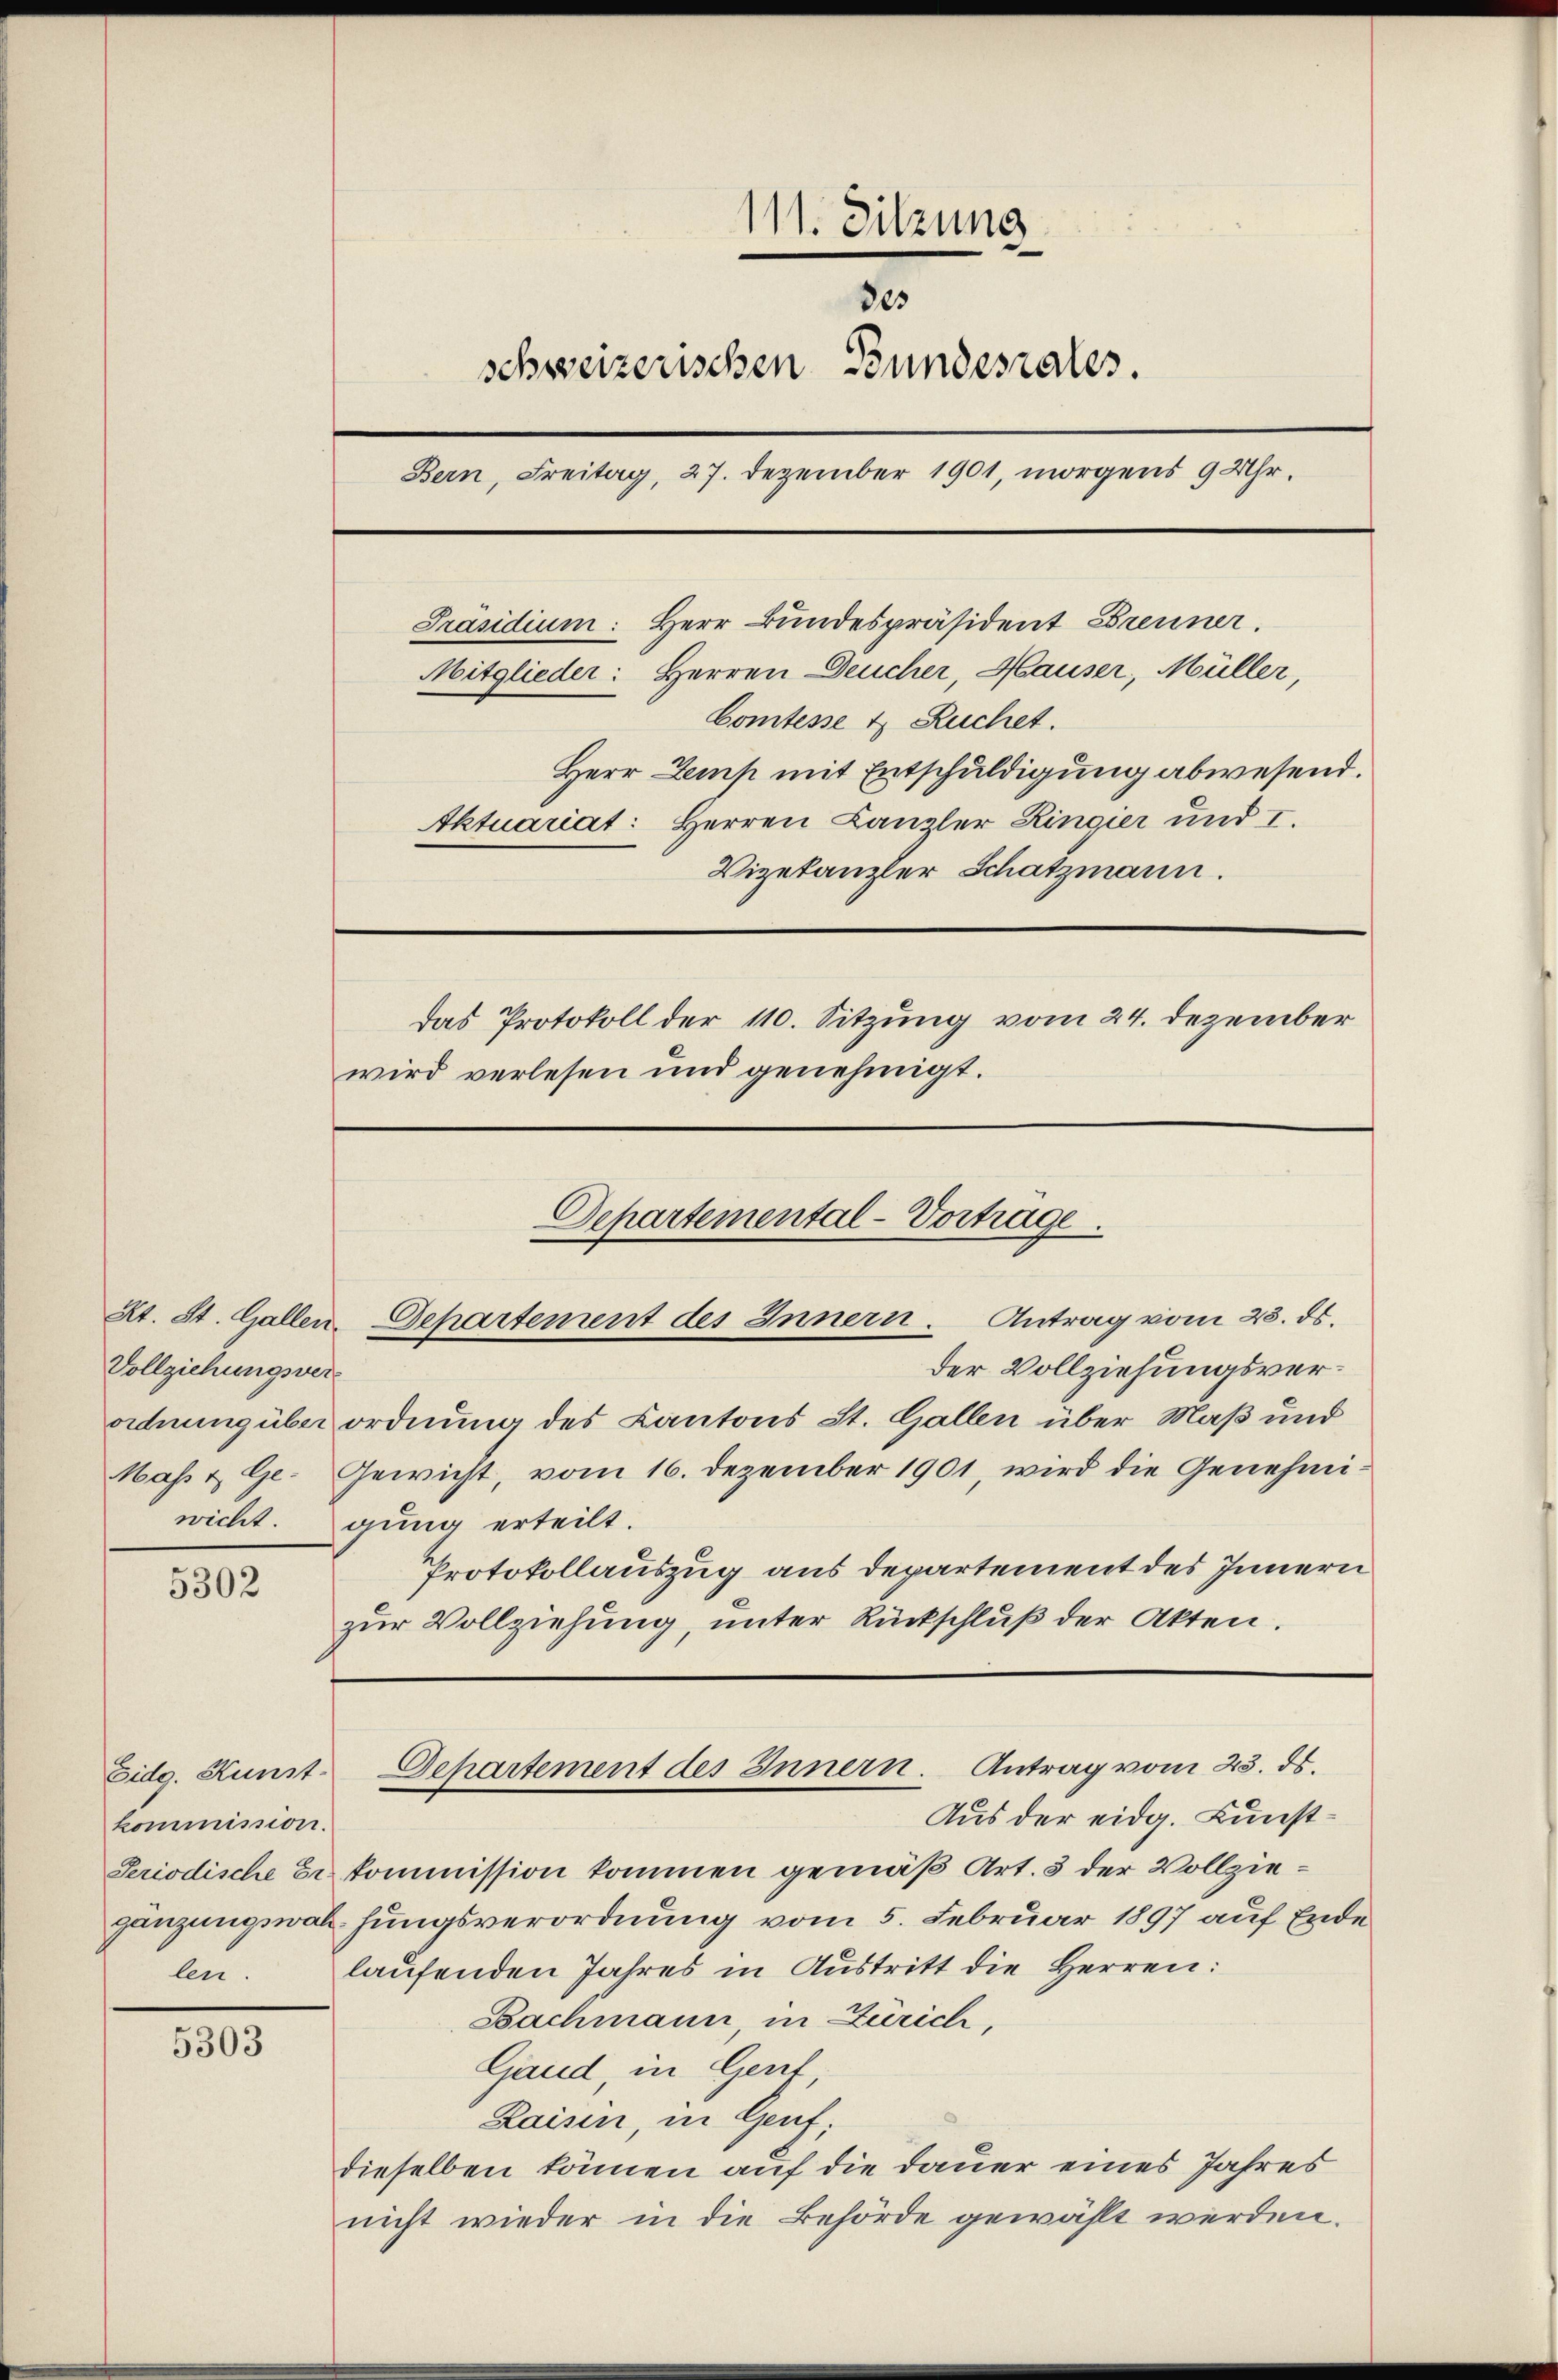
Vollziehungsver¬

5302

Eidg. Kunst
kommission.

5303

111. Sitzung
.
schweizerischen Bundesrates.
Bern, Freitag, 27. Dezember 1901, morgens 9 Uhr.
Präsidium: Herr Bundespräsident Brenner.
Mitglieder: Herren Deucher, Hauser, Müller,
Comtesse & Ruchet.
Herr Domp mit Entschuldigung abwesend.
Aktuariat: Herren Canzler Ringier und I.
Vizekanzler Schatzmann.
Das Protokoll der 110. Sitzung vom 24. Dezember
wird verlesen und genehmigt.

der Vollziehungsverordnung über ordnung des Kantons St. Gallen über Maß und
Maß & Ge- Gewicht, vom 16. Dezember 1901, wird die Genehmiwicht gung erteilt.
Protokollauszug aus Departement des Innern
zur Vollziehung, unter Rückschluß der Akten.

Departemental-Vortrage.
Kt. St. Gallen Departement des Innern. Antrag vom 23. ds.

Departement des Innern. Antrag vom 23. ds.

Aus der eidg. Kunst¬
Periodische Er kommission kommen gemäß Art. 3 der Vollziegänzungswahhungsverordnung vom 5. Februar 1897 auf Ende
len. laufenden Jahres in Austritt die Herren:
Bachmann, in Zürich,
Gaud, in Gent
Raisin, in Genf,
dieselben können auf die Dauer eines Jahres
nicht wieder in die Behörde gewählt werden.